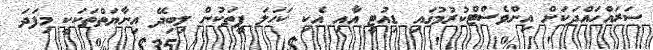
ސަރައްހައްދަކަށް އިންވެސްޓްކުރުމުގައި ޑިއުޓީ އާއި އެކި ކަހަލަ ފީތަކުން ލިބިދޭ އިނާޔަތްތަކަކީ މިފަދަ